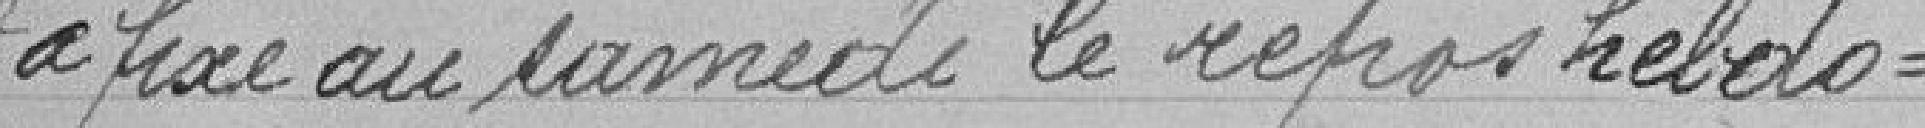
et a fixé au samedi le repos hebdo-